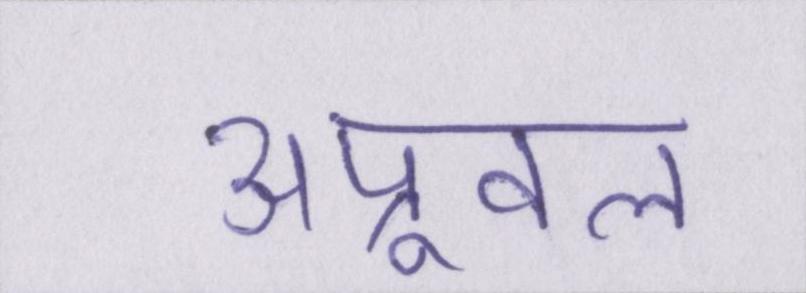
अप्रूवल